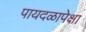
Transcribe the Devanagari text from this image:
पायदळापेक्षा